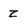
Character: z